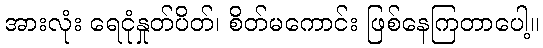
အားလုံး ရေငုံနှုတ်ပိတ်၊ စိတ်မကောင်း ဖြစ်နေကြတာပေါ့။